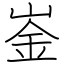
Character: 崟